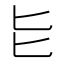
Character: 𫧇